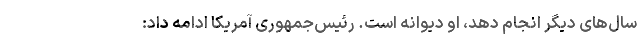
سال‌های دیگر انجام دهد، او دیوانه است. رئیس‌جمهوری آمریکا ادامه داد: